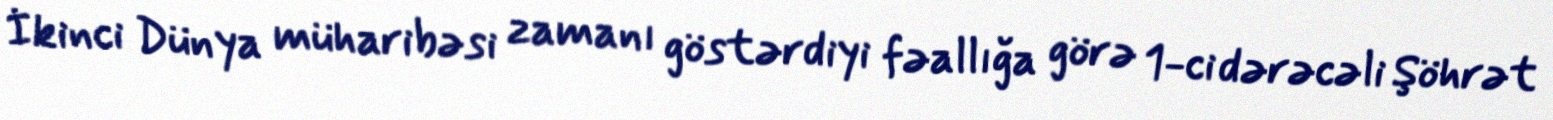
İkinci Dünya müharibəsi zamanı göstərdiyi fəallığa görə 1-ci dərəcəli Şöhrət